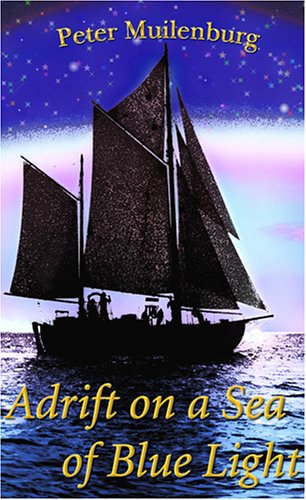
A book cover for Adrift on a Sea of Blue Light; Peter Muilenburg; Travel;